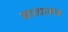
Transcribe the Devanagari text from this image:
काव्‍यात्‍मक